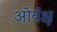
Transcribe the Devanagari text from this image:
ओर्यक्ष